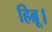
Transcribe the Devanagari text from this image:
हिब्रू।